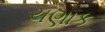
ચણાક